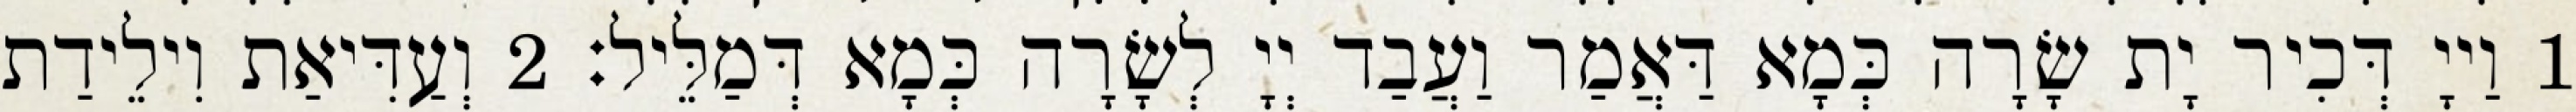
1 וַייָ דְּכִיר יָת שָׂרָה כְּמָא דַּאֲמַר וַעֲבַד יְיָ לְשָׂרָה כְּמָא דְּמַלֵּיל׃ 2 וְעַדִּיאַת וִילֵידַת